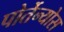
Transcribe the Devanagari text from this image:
पोर्तेन्योस